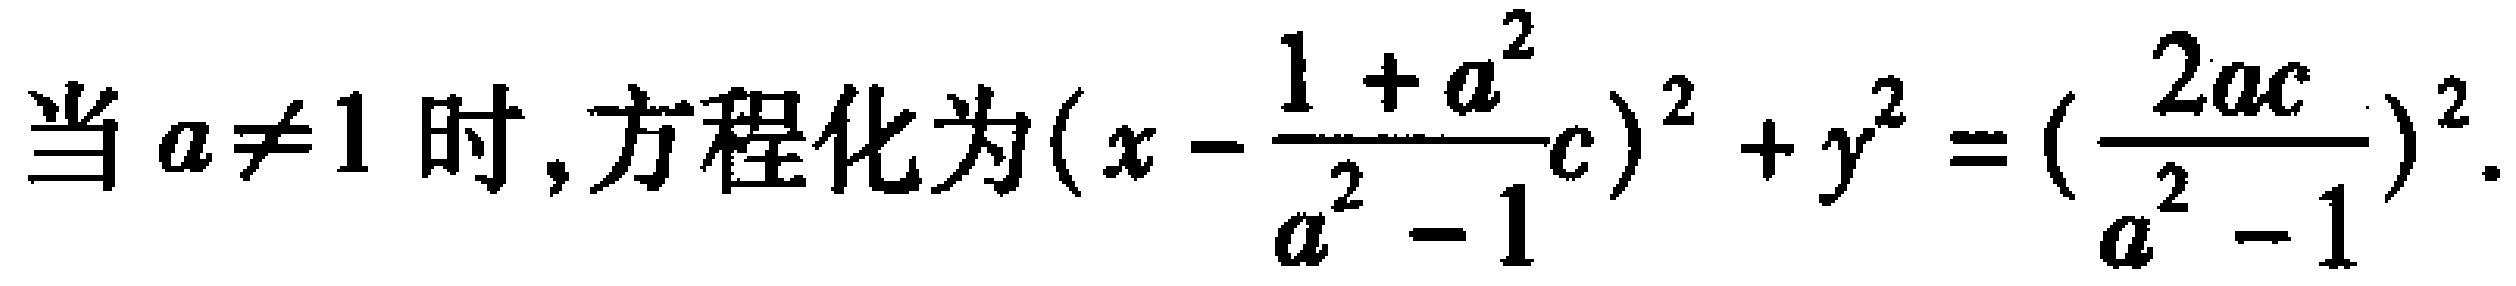
当 \(a\neq1\) 时,方程化为\((x - \frac{1 + a^{2}}{a^{2} - 1}c)^{2} + y^{2} = (\frac{2ac}{a^{2} - 1})^{2}\).